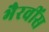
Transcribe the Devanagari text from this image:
भैरवींस